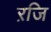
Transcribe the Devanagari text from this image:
ऱजि